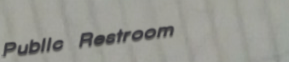
Public Restroom